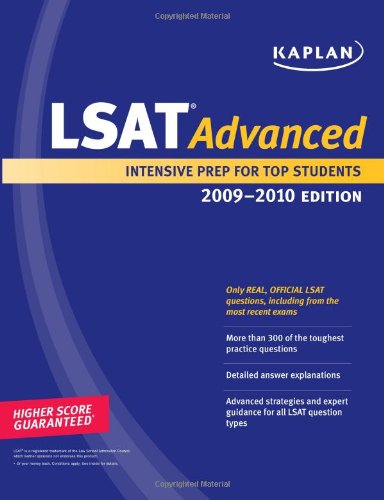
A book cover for Kaplan LSAT 2009 Comprehensive Program; Kaplan; Test Preparation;